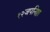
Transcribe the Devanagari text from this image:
१२जपनिष्ठा